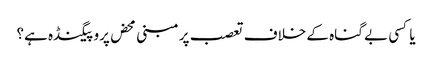
یا کسی بے گناہ کے خلاف تعصب پر مبنی محض پروپیگنڈہ ہے؟